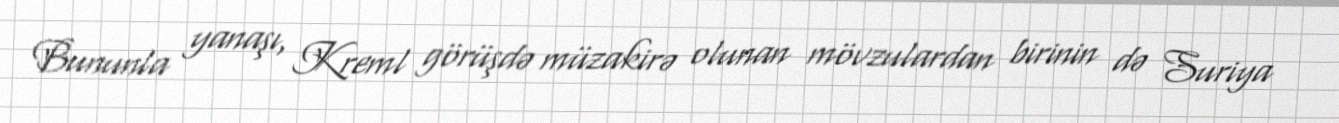
Bununla yanaşı, Kreml görüşdə müzakirə olunan mövzulardan birinin də Suriya